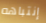
إنتباهه